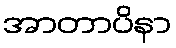
အာတာပိနာ